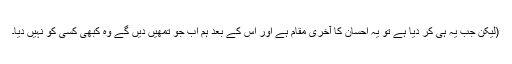
(لیکن جب یہ ہی کر دیا ہے تو یہ احسان کا آخری مقام ہے اور اس کے بعد ہم اب جو تمھیں دیں گے وہ کبھی کسی کو نہیں دیا۔